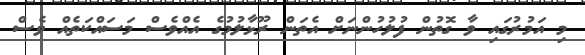
މި އަމުރުގައި ވާ ގޮތުން ފުލުހުންނަށް އެތަން ރޫޅާލުމުގެ އެއްވެސް މަސައްކަތެއް ވެސް